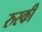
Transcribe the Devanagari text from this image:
रुस्की